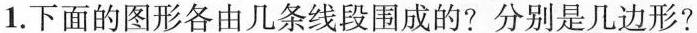
1.下面的图形各由几条线段围成的?分别是几边形?